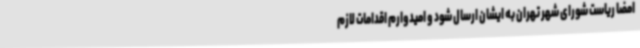
امضا ریاست شورای شهر تهران به ایشان ارسال شود و امیدوارم اقدامات لازم